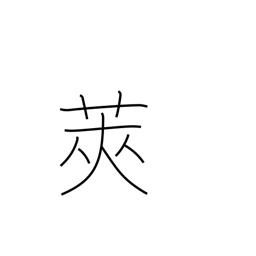
Meaning: shell